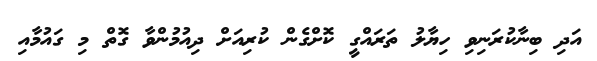
އަދި ބިނާކުރަނިވި ހިޔާލު ތަރައްގީ ކޮށްގެން ކުރިއަށް ދިއުމުންވާ ގޮތް މި ގައުމާއި